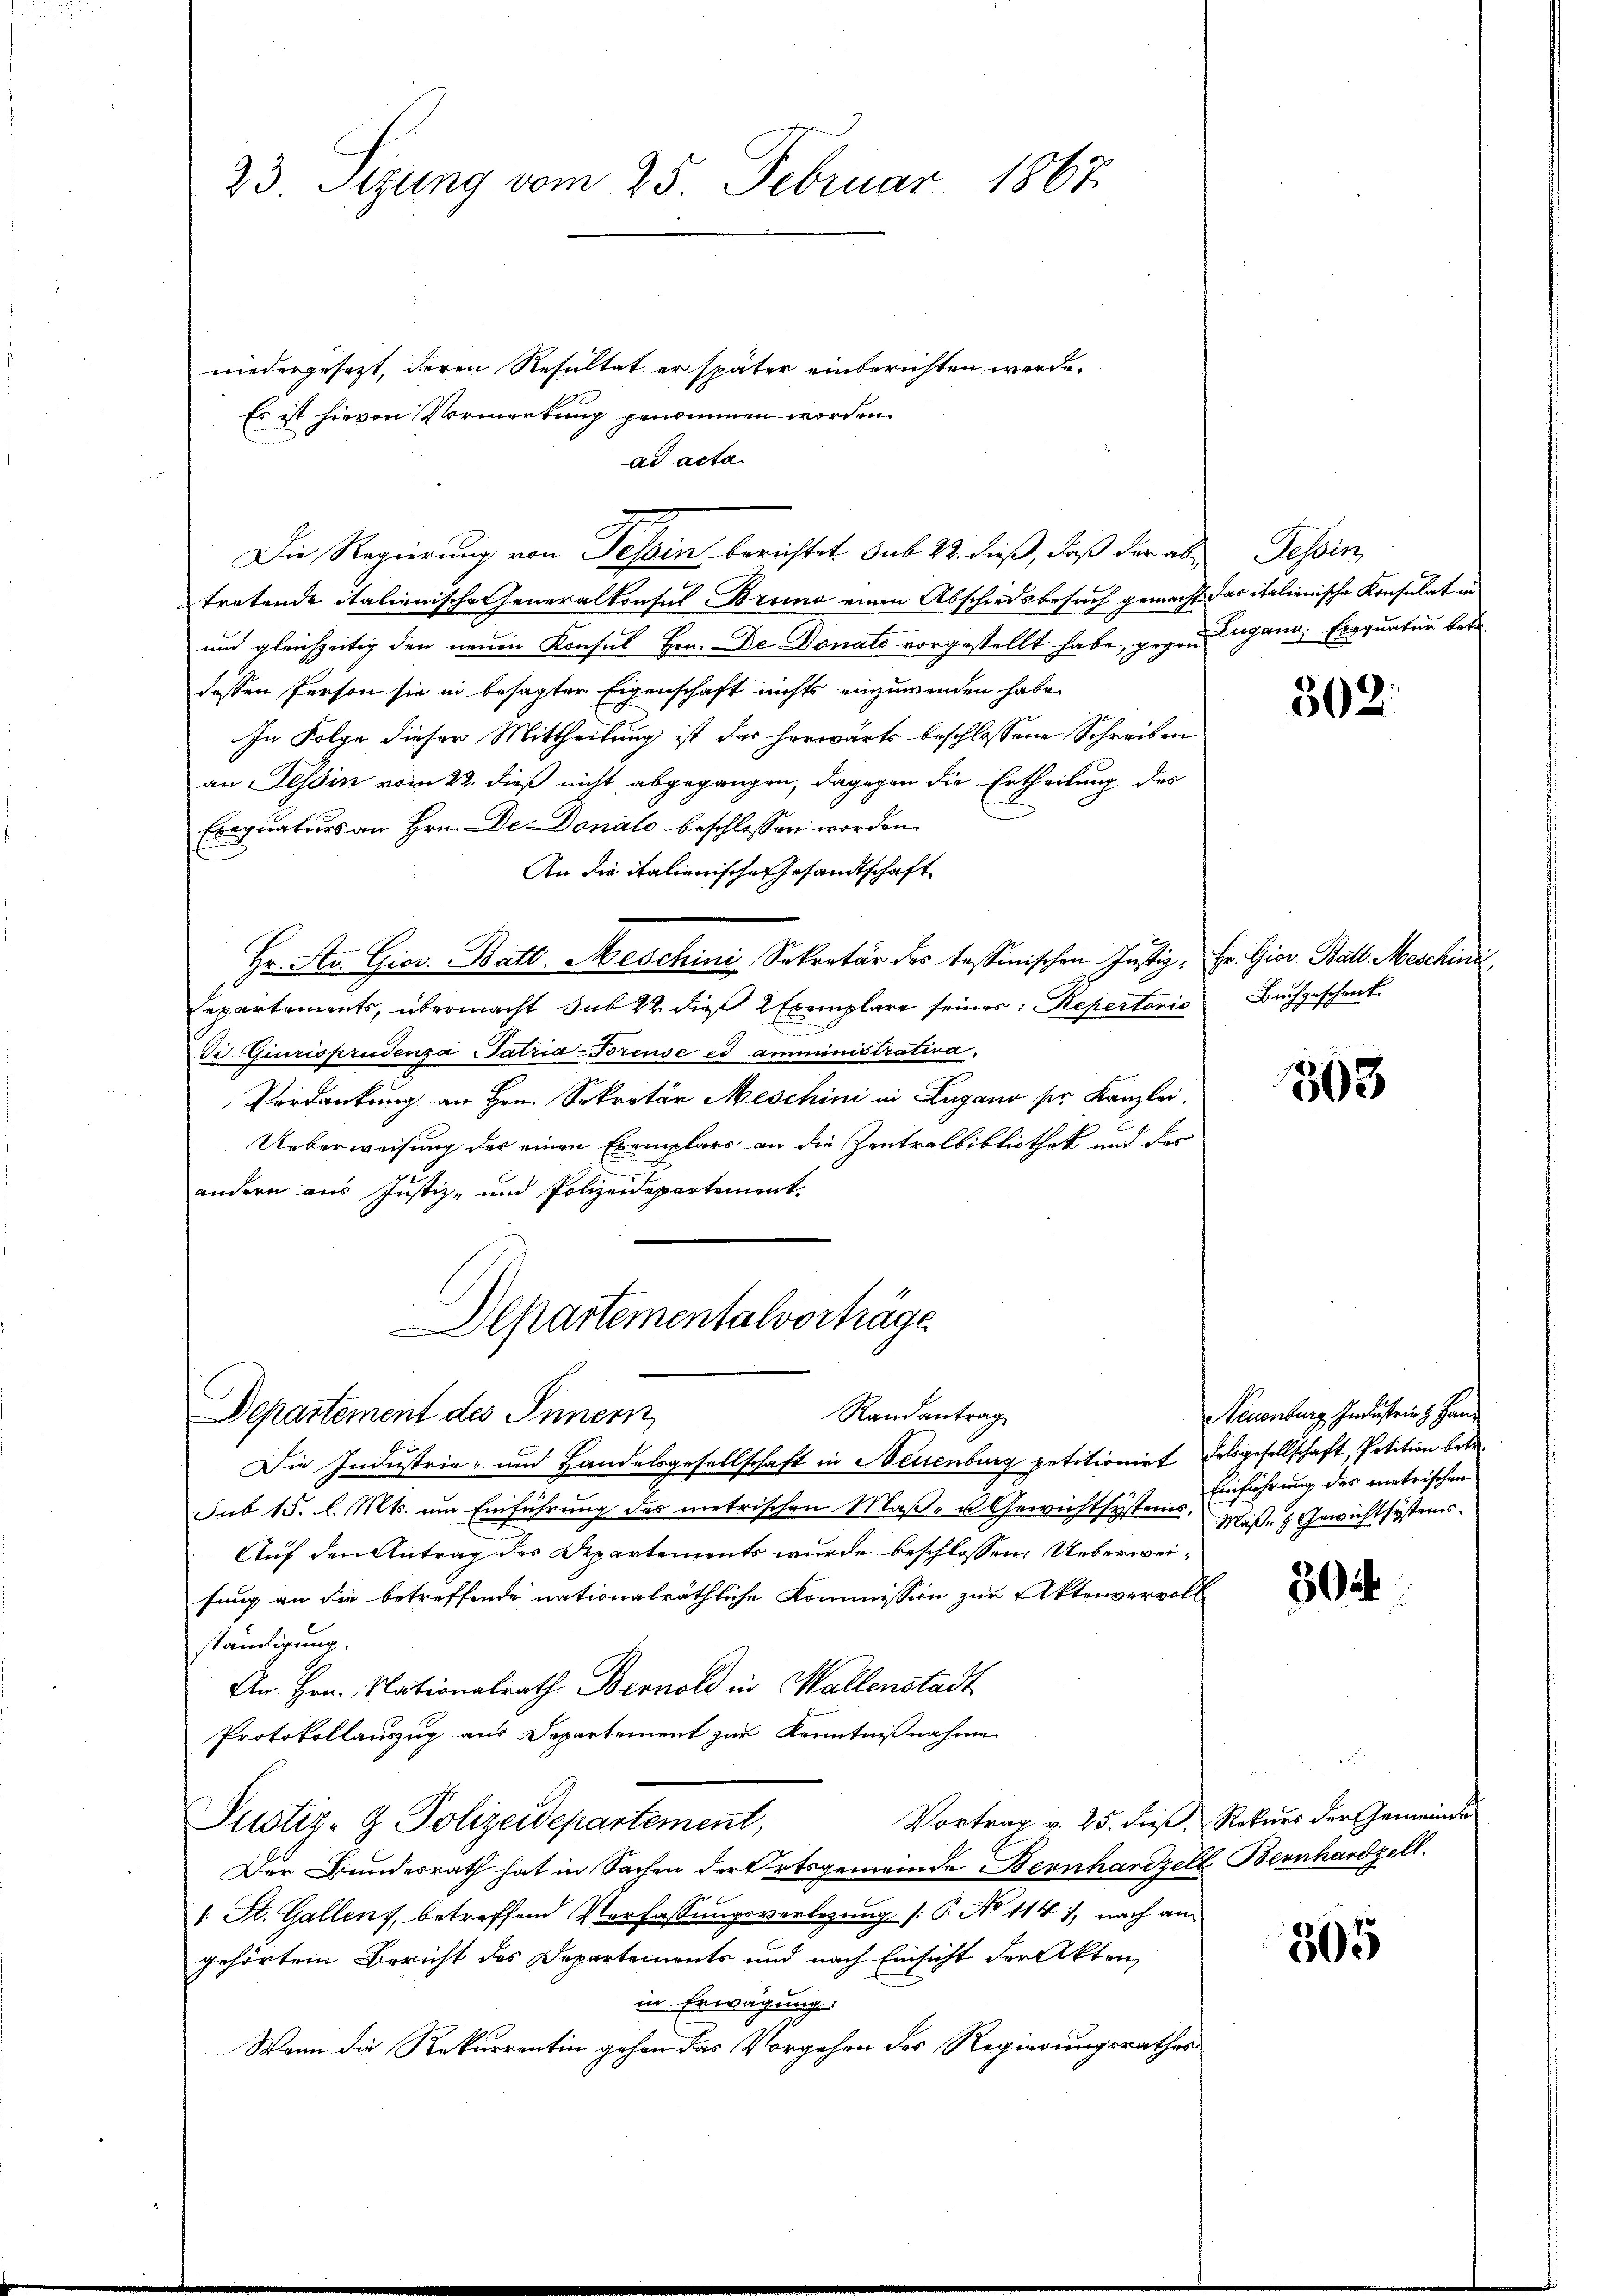
23. Sizung vom 25. Februar 1867.

niedergesetzt, deren Resultat er später einberichten werde.
Es ist hievon Vormerkung genommen worden.
ad acta
tretende italienische Generalkonsul Bruno einen Abschiedsbesuch gemacht
und gleichzeitig den neuen Konsul Hrn. De Donato vorgestellt habe, gegen
dessen Person sie in besagter Eigenschaft nichts einzuwenden habe.
In Folge dieser Mittheilung ist das herwärts beschlossene Schreiben
an Tessin vom 22. dieß nicht abgegangen, dagegen die Ertheilung des
Erequaturs an Hrn. De Donato beschlossen worden.
An die italienische Gesandtschaft
Hr. As. Giov. Batt. Meschini, Sekretär des tessinischen Justiz- Hr. Giov. Batt Maschini
Departements, übermacht sub 22 die 2 Exemplare seines: Repertoris
di Giurisprudenza Patria-Torense ed amministrativa,
Verdankung an Hrn. Sekretär Meschini in Lugano ser Kanzlei.
2
Ueberweisung des einen Exemplars an die Zentralbibliothek und des
andern aus Justiz- und Polizeidepartement.

Departementalvorträge
Randantrag
Departement des Innern,

Die Regierung von Tessin berichtet sub 22. dieß, daß der ab¬

Die Industrie- und Handelsgesellschaft in Neuenburg petitionirt delsgesellschaft, Petition betr.
Sub 15. l. Mts. um Einführung des metrischen Maß- u Gewichtsystems.
Auf den Antrag des Departements wurde beschlossen Ueberweifung an die betreffende nationalräthliche Kommission zur Aktenvervoll
ständigung.
An Hrn. Nationalrath Bernold in Wallenstadt
Protokollauszug aus Departement zur Kenntnißnahme
Vortrag v. 25. dieß, Rekurs der Gemeinde
Justiz- & Polizeidepartement,
Der Bundesrath hat in Sachen der Ortsgemeinde Bernhardzell Bernhardzell.
1. St. Gallen, betreffend Verfassungsverlegung (: P. No 114 i, nach am
gehörtem Bericht des Departements und nach Einsicht der Akten
in Erwägung:
Wann die Rekurrentin gehen das Vorgehen des Regierungsrathes

Tessin
das italienische Konsulat in
Lugann, Exequatur betr.

502.

Buchgeschenk.

303

Neuenburg Industrich Han
Einführung des metrischen
Maß- & Gewichtsystems.

504

2

305